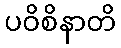
ပဝိစိနာတိ